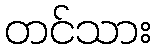
တင်သား